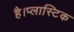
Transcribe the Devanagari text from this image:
है।प्लास्टिक